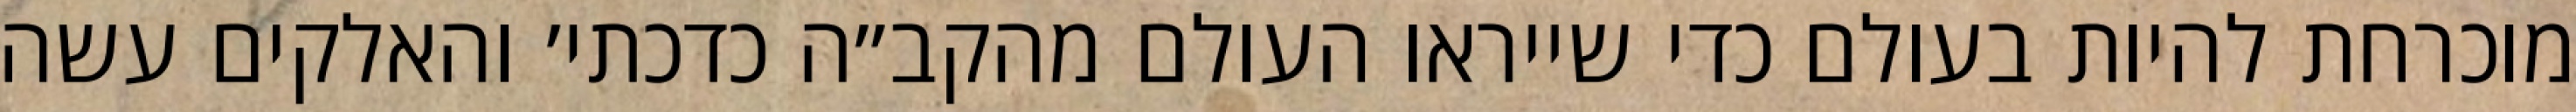
מוכרחת להיות בעולם כדי שייראו העולם מהקב״ה כדכתי׳ והאלקים עשה